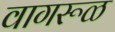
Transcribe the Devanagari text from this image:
वागरूळ